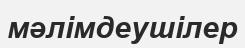
мәлімдеушілер